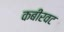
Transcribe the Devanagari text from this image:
कबीरवट